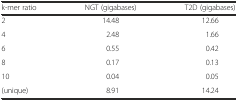
| k-mer ratio | NGT (gigabases) | T2D (gigabases) |
 | --- | --- | --- |
 | 2 | 14.48 | 12.66 |
 | 4 | 2.48 | 1.66 |
 | 6 | 0.55 | 0.42 |
 | 8 | 0.17 | 0.13 |
 | 10 | 0.04 | 0.05 |
 | (unique) | 8.91 | 14.24 |